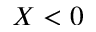
X < 0